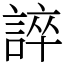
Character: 誶